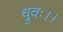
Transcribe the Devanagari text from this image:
ध्रुवः।।